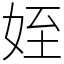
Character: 姪